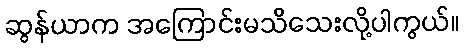
ဆွန်ယာက အကြောင်းမသိသေးလို့ပါကွယ်။